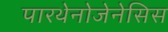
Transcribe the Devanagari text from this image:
पारथेनोजेनेसिस